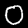
Label: 0